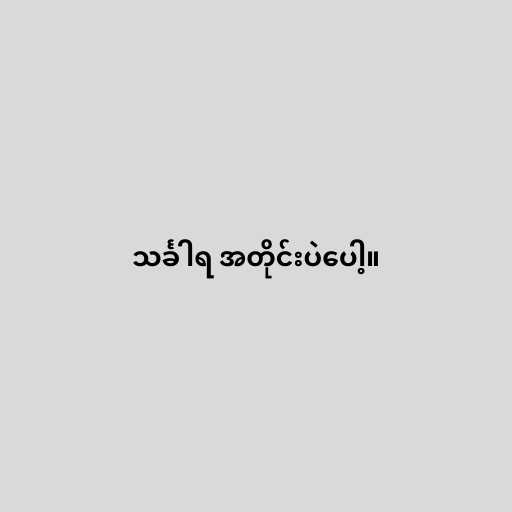
သင်္ခါရ အတိုင်းပဲပေါ့။